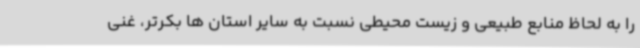
را به لحاظ منابع طبیعی و زیست محیطی نسبت به سایر استان ها بکرتر، غنی